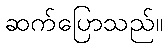
ဆက်ပြောသည်။